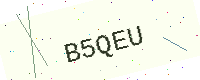
Text: B5QEU